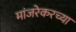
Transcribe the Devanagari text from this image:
मांजरेकरच्या